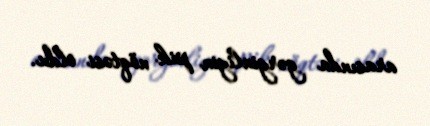
arasında gərginliyin pik nöqtəsi oldu.